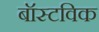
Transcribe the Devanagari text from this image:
बॉस्टविक